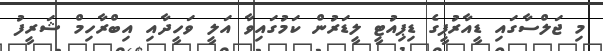
މި ޖަލްސާގައި ޑީއާރުޕީގެ ޑިޕިއުޓީ ލީޑަރުން ކަމުގައިވާ އަލީ ވަހީދާއި އިބްރާހިމް ޝަރީފު